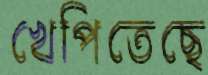
খেপিতেছে